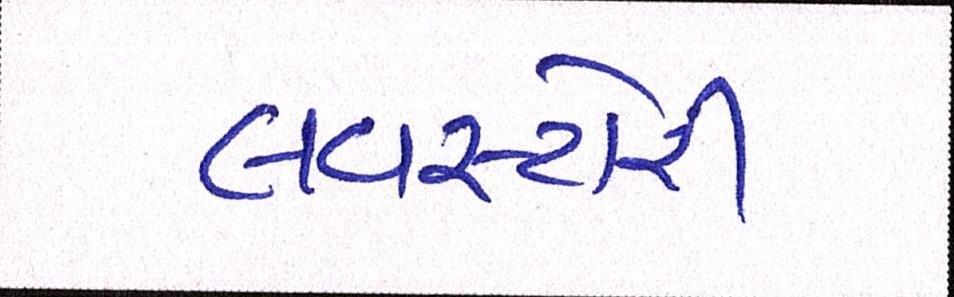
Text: લવસ્ટોરી